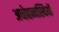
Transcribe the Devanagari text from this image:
अधोहन्वस्थियों